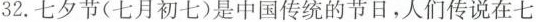
32.七夕节(七月初七)是中国传统的节日，人们传说在七